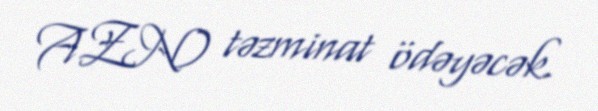
AZN) təzminat ödəyəcək.